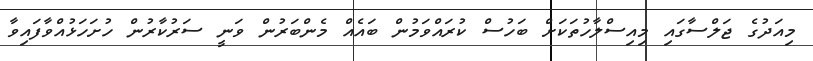
މިއަދުގެ ޖަލްސާގައި މިއިސްލާހުތަކަށް ބަހުސް ކުރައްވަމުން ބައެއް މެންބަރުން ވަނީ ސަރުކާރުން ހުށަހަޅުއްވާފައިވާ